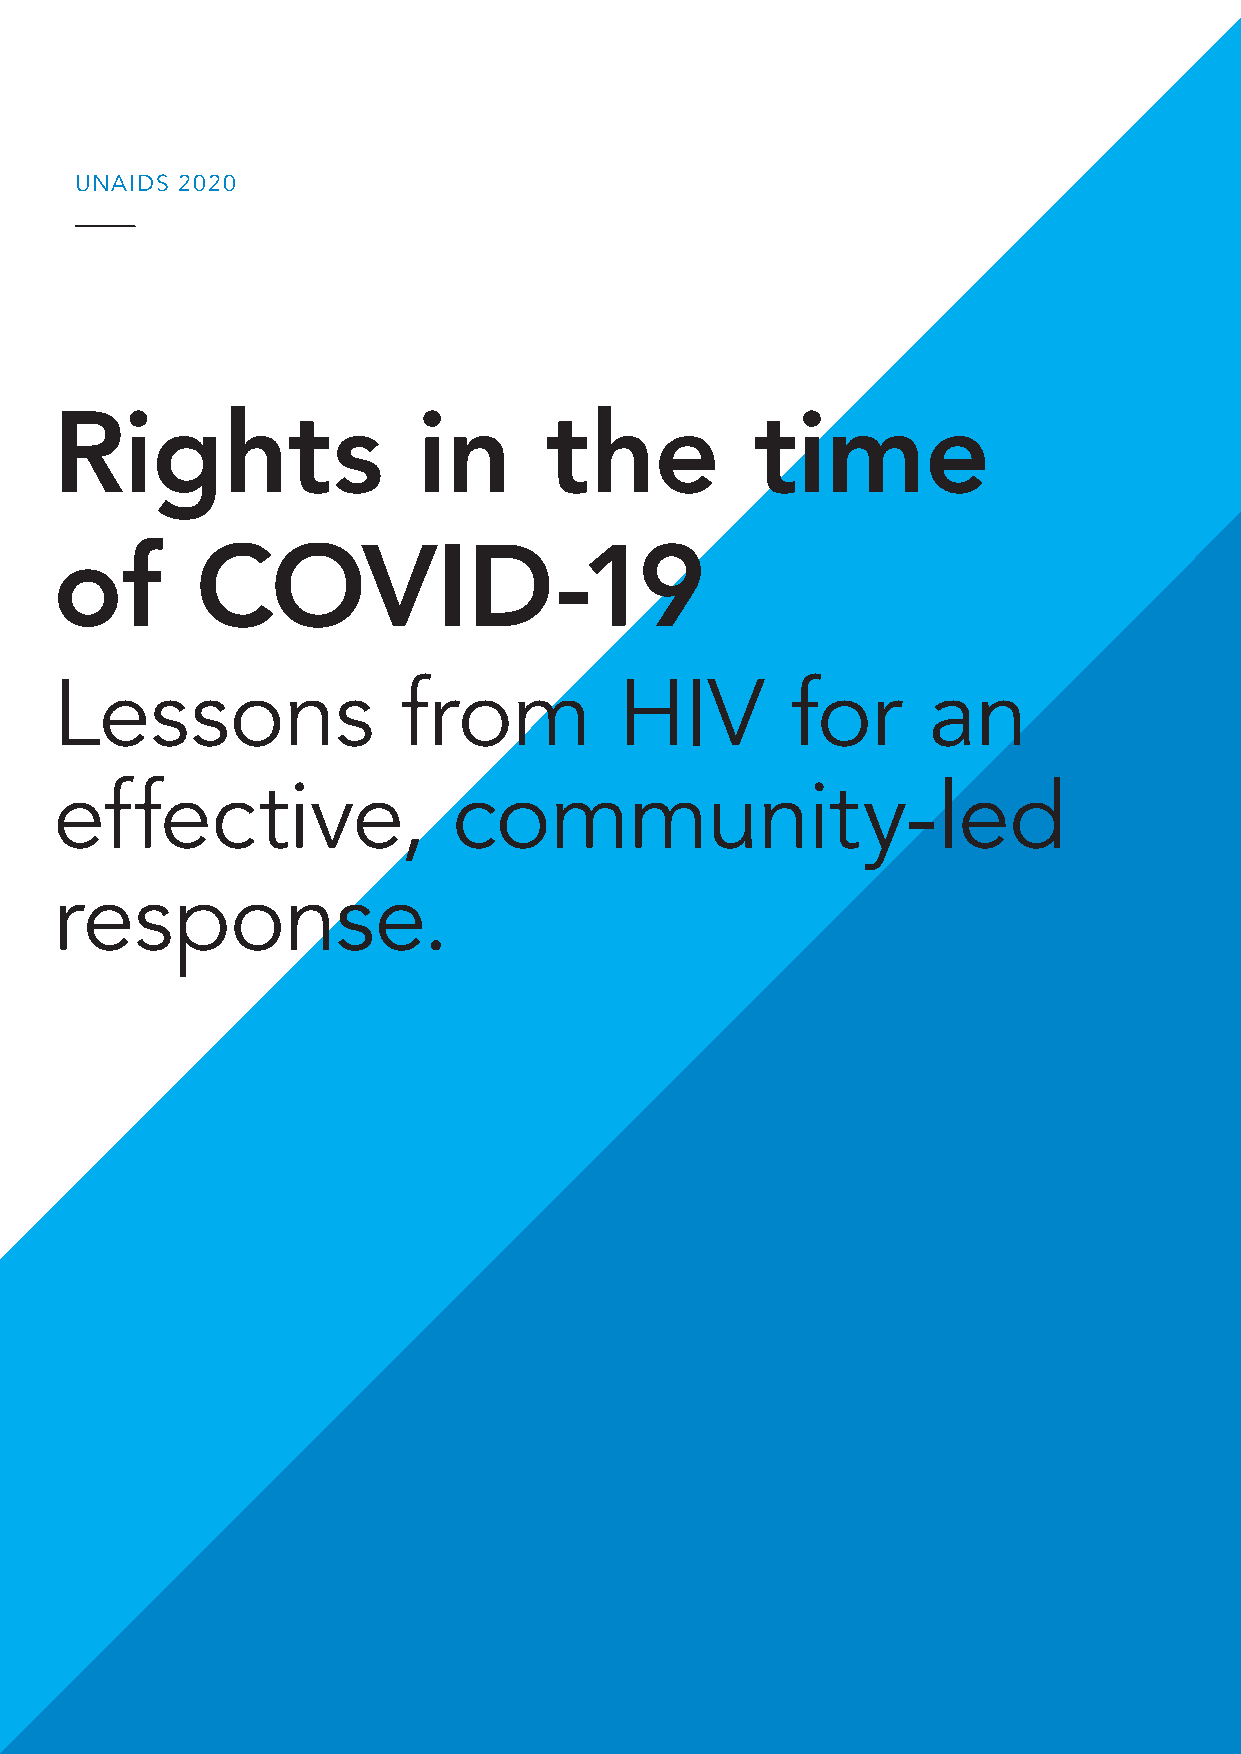
UNAIDS 2020
 Rights                  in      the           time
 of       COVID-19
 Lessons                from          HIV        for      an
 effective,                community-led
 response.